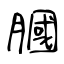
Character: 膕